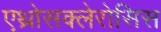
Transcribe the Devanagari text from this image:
एथ्रोसक्लेरोसिस